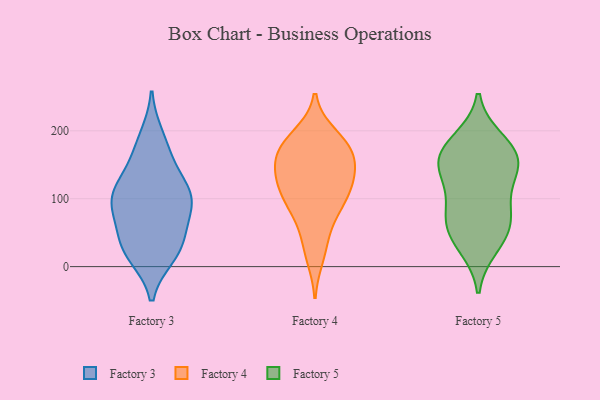
{"axis": {"x": "Population (Million)", "y": "Value"}, "legend": ["Factory 3", "Factory 4", "Factory 5"], "data": [{"x": "", "y": 105, "type": "Factory 3"}, {"x": "", "y": 49, "type": "Factory 3"}, {"x": "", "y": 16, "type": "Factory 3"}, {"x": "", "y": 29, "type": "Factory 3"}, {"x": "", "y": 107, "type": "Factory 3"}, {"x": "", "y": 87, "type": "Factory 3"}, {"x": "", "y": 117, "type": "Factory 3"}, {"x": "", "y": 93, "type": "Factory 3"}, {"x": "", "y": 192, "type": "Factory 3"}, {"x": "", "y": 17, "type": "Factory 3"}, {"x": "", "y": 46, "type": "Factory 3"}, {"x": "", "y": 92, "type": "Factory 3"}, {"x": "", "y": 168, "type": "Factory 3"}, {"x": "", "y": 144, "type": "Factory 3"}, {"x": "", "y": 15, "type": "Factory 4"}, {"x": "", "y": 91, "type": "Factory 4"}, {"x": "", "y": 66, "type": "Factory 4"}, {"x": "", "y": 121, "type": "Factory 4"}, {"x": "", "y": 179, "type": "Factory 4"}, {"x": "", "y": 124, "type": "Factory 4"}, {"x": "", "y": 92, "type": "Factory 4"}, {"x": "", "y": 157, "type": "Factory 4"}, {"x": "", "y": 177, "type": "Factory 4"}, {"x": "", "y": 118, "type": "Factory 4"}, {"x": "", "y": 158, "type": "Factory 4"}, {"x": "", "y": 184, "type": "Factory 4"}, {"x": "", "y": 133, "type": "Factory 4"}, {"x": "", "y": 193, "type": "Factory 4"}, {"x": "", "y": 143, "type": "Factory 4"}, {"x": "", "y": 96, "type": "Factory 4"}, {"x": "", "y": 168, "type": "Factory 4"}, {"x": "", "y": 34, "type": "Factory 4"}, {"x": "", "y": 152, "type": "Factory 5"}, {"x": "", "y": 186, "type": "Factory 5"}, {"x": "", "y": 143, "type": "Factory 5"}, {"x": "", "y": 75, "type": "Factory 5"}, {"x": "", "y": 42, "type": "Factory 5"}, {"x": "", "y": 161, "type": "Factory 5"}, {"x": "", "y": 30, "type": "Factory 5"}, {"x": "", "y": 130, "type": "Factory 5"}, {"x": "", "y": 57, "type": "Factory 5"}, {"x": "", "y": 159, "type": "Factory 5"}, {"x": "", "y": 177, "type": "Factory 5"}, {"x": "", "y": 96, "type": "Factory 5"}, {"x": "", "y": 74, "type": "Factory 5"}]}